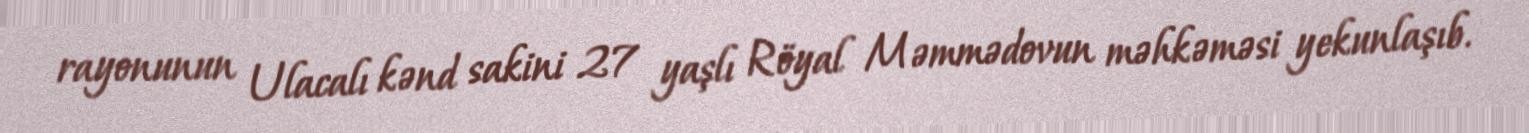
rayonunun Ulacalı kənd sakini 27 yaşlı Röyal Məmmədovun məhkəməsi yekunlaşıb.